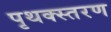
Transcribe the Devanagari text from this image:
पृथक्स्तरण